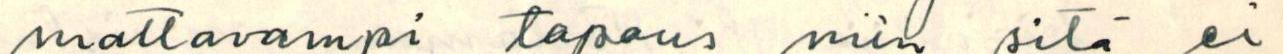
mattavampi tapaus niin sitä ei